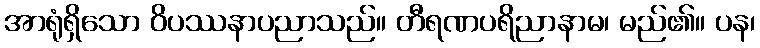
အာရုံရှိသော ဝိပဿနာပညာသည်။ တီရဏပရိညာနာမ၊ မည်၏။ ပန၊